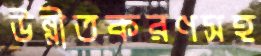
উন্নীতকরণসহ